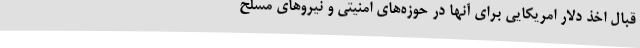
قبال اخذ دلار امریکایی برای آنها در حوزه‌های امنیتی و نیروهای مسلح